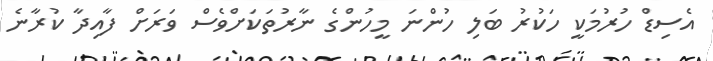
އެސިޑް ހުރުމަކީ ހަކުރު ބަލި ހުންނަ މީހުންގެ ނާރުތަކަށްވެސް ވަރަށް ފާއިދާ ކުރާނެ